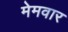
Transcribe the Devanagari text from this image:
मेमवार